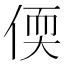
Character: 偄